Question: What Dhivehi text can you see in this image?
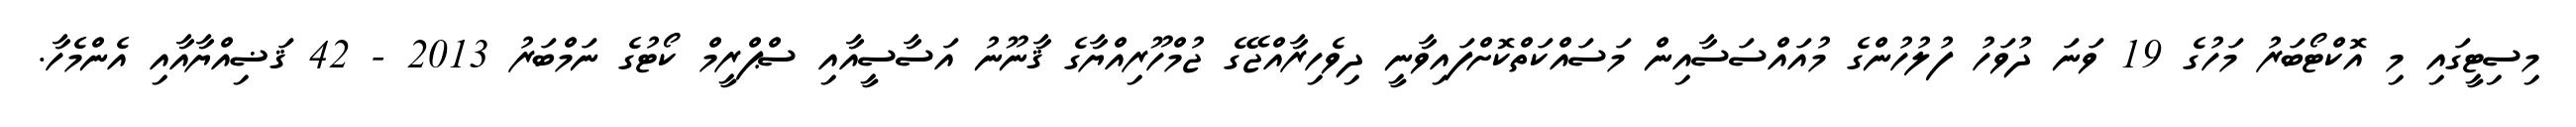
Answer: މިސިޓީގައި މި އޮކްޓޯބަރު މަހުގެ 19 ވަނަ ދުވަހު ފުލުހުންގެ މުއައްސަސާއިން މަސައްކަތްކޮށްފައިވާނީ ދިވެހިރާއްޖޭގެ ޖުމްހޫރިއްޔާގެ ޤާނޫނު އަސާސީއާއި ސްޕްރީމް ކޯޓުގެ ނަމްބަރު 2013 - 42 ޤަޟިއްޔާއާއި އެންމެހާ.